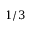
1 / 3